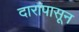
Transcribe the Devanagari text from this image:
दारांपासून